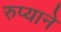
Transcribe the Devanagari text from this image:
रुप्याने